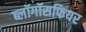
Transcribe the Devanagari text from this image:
ब्लॉगॉसफियर